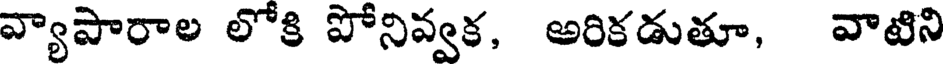
వ్యాపారాల లోకి పోనివ్వక, అరికడుతూ, వాటిని